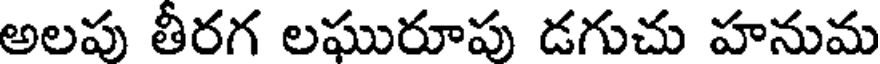
అలప తీరగ లఘురూపు డగుచు హనుమ